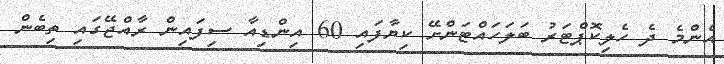
އެންމެ ދެ ހެލިކޮޕްޓަރު ބަލަހައްޓަންށޭ ކިޔާފައި 60 އިންޑިއާ ސިފައިން ރާއްޖޭގައި ތިބެން